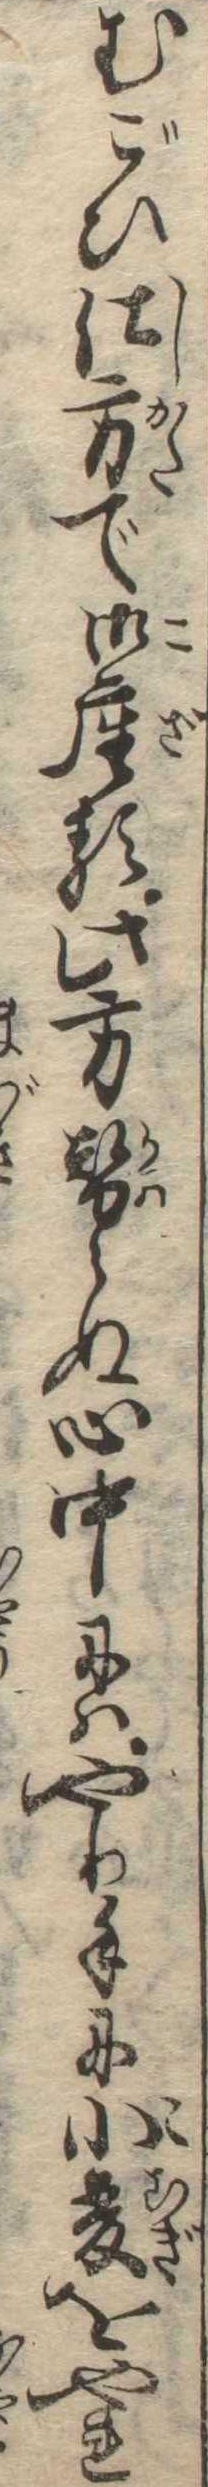
むごひ仕方で御座る此方替らぬ心中にはやり手に小麦をやれ